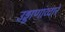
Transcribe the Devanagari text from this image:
उड्डाणांव्दारे